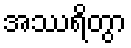
အဿရိတွာ